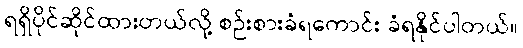
ရရှိပိုင်ဆိုင်ထားတယ်လို့ စဉ်းစားခံရကောင်း ခံရနိုင်ပါတယ်။